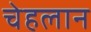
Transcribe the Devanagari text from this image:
चेहलान